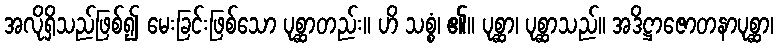
အလိုရှိသည်ဖြစ်၍ မေးခြင်းဖြစ်သော ပုစ္ဆာတည်း။ ဟိ သစ္စံ၊ ၏။ ပုစ္ဆာ၊ ပုစ္ဆာသည်။ အဒိဋ္ဌာဇောတနာပုစ္ဆာ၊